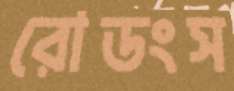
রোডংস